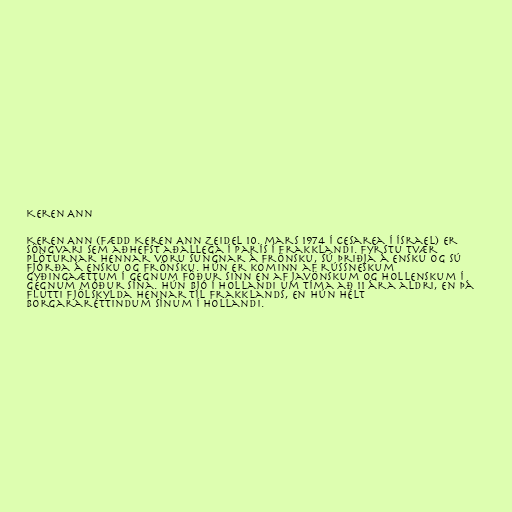
Keren Ann

Keren Ann (fædd Keren Ann Zeidel 10. mars 1974 í Cesarea í Ísrael) er
söngvari sem aðhefst aðallega í París í Frakklandi. Fyrstu tvær
plöturnar hennar voru sungnar á frönsku, sú þriðja á ensku og sú
fjórða á ensku og frönsku. Hún er kominn af rússneskum
gyðingaættum í gegnum föður sinn en af javönskum og hollenskum í
gegnum móður sína. Hún bjó í Hollandi um tíma að 11 ára aldri, en þá
flutti fjölskylda hennar til Frakklands, en hún hélt
borgararéttindum sínum í Hollandi.